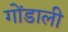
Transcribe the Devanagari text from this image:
गोंडाली